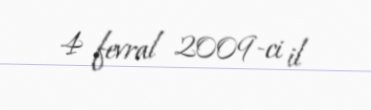
4 fevral 2009-ci il